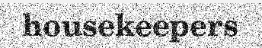
housekeepers